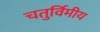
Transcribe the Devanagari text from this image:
चतुर्विमीय